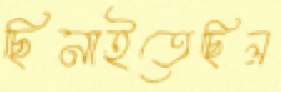
ছিনাইতেছিল